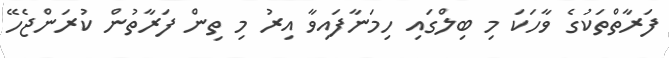
ފަރާތްތަކުގެ ވާހަކަ މި ބިލްގައި ހިމަނާފައިވާ އިރު މި ތިން ފަރާތުން ކުރަންޖެހޭ